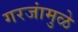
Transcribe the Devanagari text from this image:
गरजांमुळे